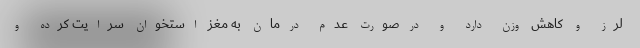
لرز و کاهش وزن دارد و درصورت عدم درمان به مغز استخوان سرایت کرده و